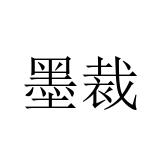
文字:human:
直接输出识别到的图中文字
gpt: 墨裁